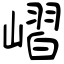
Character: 嶍